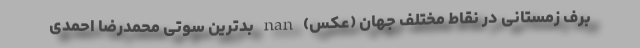
برف زمستانی در نقاط مختلف جهان (عکس) nan بدترین سوتی محمدرضا احمدی